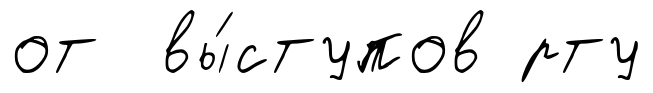
от вы́ступов рту